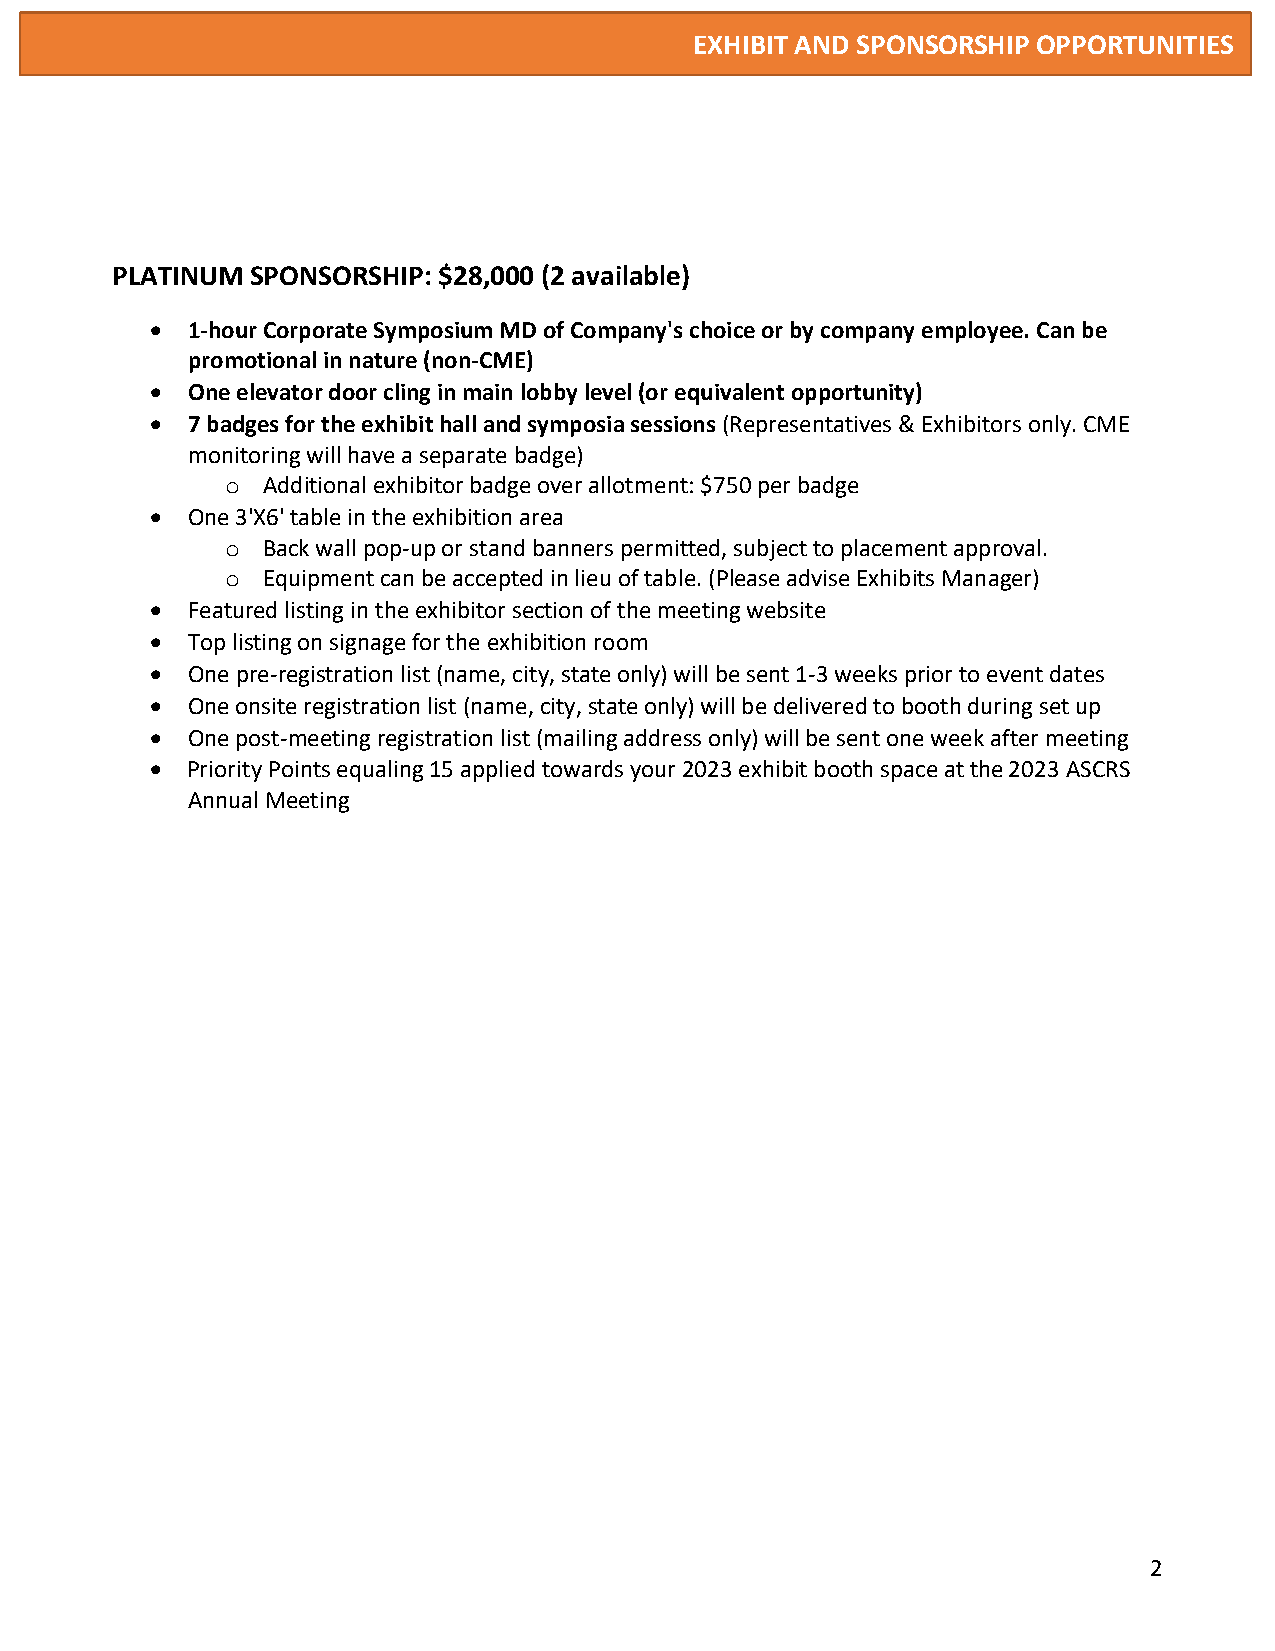
EXHIBIT AND SPONSORSHIP OPPORTUNITIES
 PLATINUM  SPONSORSHIP: $28,000 (2 available)
 • 1-hour Corporate Symposium MD of Company's choice or by company employee. Can be
 promotional in nature (non-CME)
 • One elevator door cling in main lobby level (or equivalent opportunity)
 • 7 badges for the exhibit hall and symposia sessions (Representatives & Exhibitors only. CME
 monitoring will have a separate badge)
 Additional exhibitor badge over allotment: $750 per badge
 o
 • One 3'X6' table in the exhibition area
 Back wall pop-up or stand banners permitted, subject to placement approval.
 o
 Equipment can be accepted in lieu of table. (Please advise Exhibits Manager)
 o
 • Featured listing in the exhibitor section of the meeting website
 • Top listing on signage for the exhibition room
 • One pre-registration list (name, city, state only) will be sent 1-3 weeks prior to event dates
 • One onsite registration list (name, city, state only) will be delivered to booth during set up
 • One post-meeting registration list (mailing address only) will be sent one week after meeting
 • Priority Points equaling 15 applied towards your 2023 exhibit booth space at the 2023 ASCRS
 Annual Meeting
 2